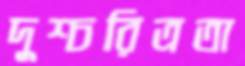
দুশ্চরিত্রতা